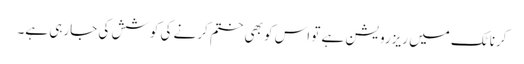
کرناٹک میں ریزرویشن ہے تو اس کو بھی ختم کرنے کی کوشش کی جارہی ہے۔